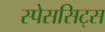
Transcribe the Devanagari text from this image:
स्पेससिट्स